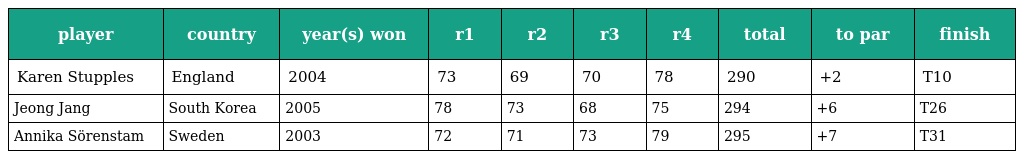
| player | country | year(s) won | r1 | r2 | r3 | r4 | total | to par | finish |
 | --- | --- | --- | --- | --- | --- | --- | --- | --- | --- |
 | Karen Stupples | England | 2004 | 73 | 69 | 70 | 78 | 290 | +2 | T10 |
 | Jeong Jang | South Korea | 2005 | 78 | 73 | 68 | 75 | 294 | +6 | T26 |
 | Annika Sörenstam | Sweden | 2003 | 72 | 71 | 73 | 79 | 295 | +7 | T31 |